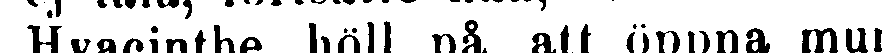
Hyacinthe höll på att öppna mun